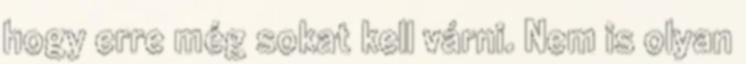
hogy erre még sokat kell várni. Nem is olyan